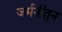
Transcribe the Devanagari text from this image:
जर्मनीतुन